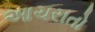
આચરાતો